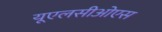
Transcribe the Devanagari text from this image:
यूएलसीओएस